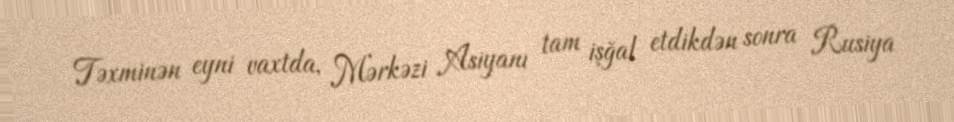
Təxminən eyni vaxtda, Mərkəzi Asiyanı tam işğal etdikdən sonra Rusiya